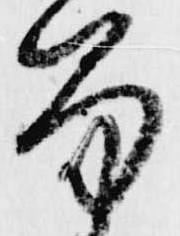
笏